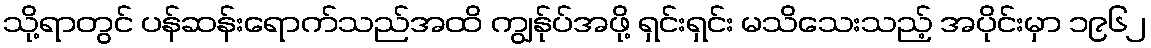
သို့ရာတွင် ပန်ဆန်းရောက်သည်အထိ ကျွန်ုပ်အဖို့ ရှင်းရှင်း မသိသေးသည့် အပိုင်းမှာ ၁၉၆၂